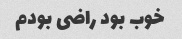
خوب بود راضی بودم